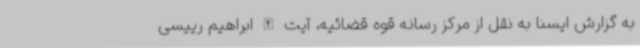
به گزارش ایسنا به نقل از مرکز رسانه قوه قضائیه، آیت الله ابراهیم رییسی